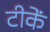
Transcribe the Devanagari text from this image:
टीकें